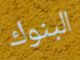
البنوك